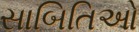
સાબિતિઓ